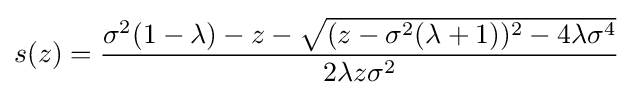
s(z)={\frac {\sigma ^{2}(1-\lambda )-z-{\sqrt {(z-\sigma ^{2}(\lambda +1))^{2}-4\lambda \sigma ^{4}}}}{2\lambda z\sigma ^{2}}}